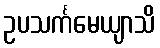
ဥပသင်္ကမေယျာသိ